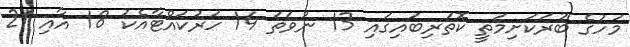
މަހުގެ ބުރަކަށިމަތީ ކޮތަރިބައިގައި 13 ނުވަތަ 14 ހަރުކައްޓާއެކު 18 އާއި 21